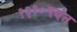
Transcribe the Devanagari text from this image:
१३१०पर्यंत